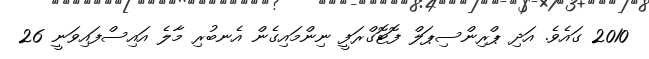
2010 ގައެވެ. އަދި ޕްރިންސިޕަލް ފޮޓޮގްރަފީ ނިންމައިގެން އެނބުރި މާލެ އައިސްފައިވަނީ 26